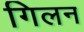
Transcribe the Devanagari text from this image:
गिलन